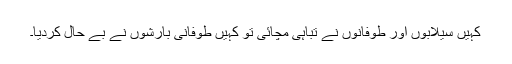
کہیں سیلابوں اور طوفانوں نے تباہی مچائی تو کہیں طوفانی بارشوں نے بے حال کردیا۔